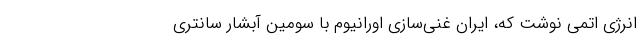
انرژی اتمی نوشت که، ایران غنی‌سازی اورانیوم با سومین آبشار سانتری